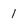
Character: I